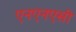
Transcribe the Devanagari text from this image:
एनएनएसी